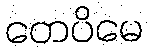
တေပိမေ